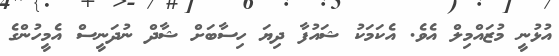
އުޅުނީ މުޒައްމިލް އެވެ. އެކަމަކު ޝައުފާ ދިޔަ ހިސާބަށް ޝާދް ނުދަނީސް އެމީހުންގެ